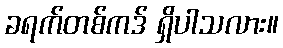
ခရက်တစ်ကဒ် ရှိပါသလား။